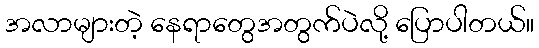
အလာများတဲ့ နေရာတွေအတွက်ပဲလို့ ပြောပါတယ်။